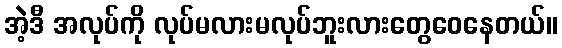
အဲ့ဒီ အလုပ်ကို လုပ်မလားမလုပ်ဘူးလားတွေဝေနေတယ်။